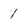
Character: 1